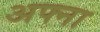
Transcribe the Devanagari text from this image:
अफ्ना